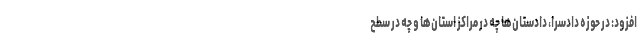
افزود: در حوزه دادسرا، دادستان‌ها چه در مراکز استان‌ها و چه در سطح